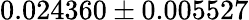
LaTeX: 0.024360\pm 0.005527